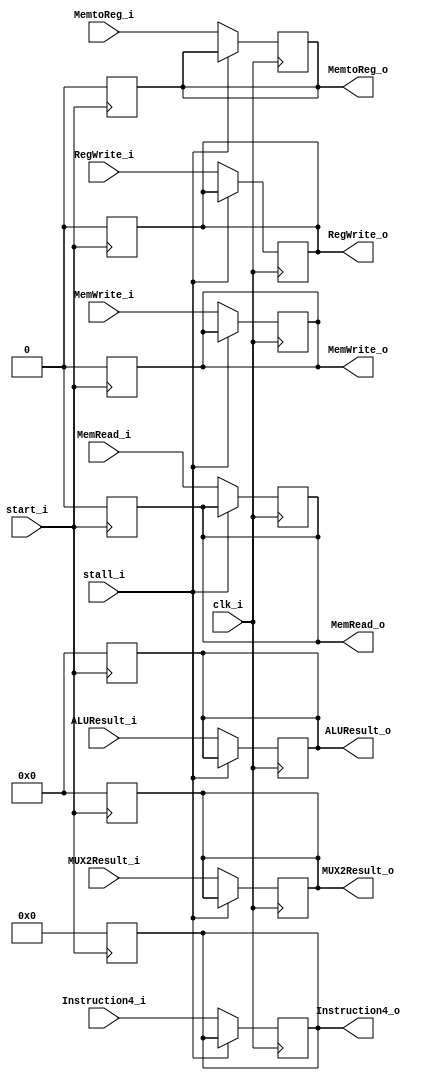
module EX_MEM
(
    start_i,
    clk_i,
    stall_i,
    RegWrite_i,
    MemtoReg_i,
    MemRead_i, 
    MemWrite_i,
    ALUResult_i,
    MUX2Result_i,
    Instruction4_i, // 11-7
    RegWrite_o,
    MemtoReg_o,
    MemRead_o, 
    MemWrite_o,
    ALUResult_o,
    MUX2Result_o,
    Instruction4_o, // 11-7
);

// Ports
input           start_i;
input           clk_i;
input           stall_i;
input           RegWrite_i;
input           MemtoReg_i;
input           MemRead_i; 
input           MemWrite_i;
input   [31:0]  ALUResult_i;
input   [31:0]  MUX2Result_i;
input   [4:0]   Instruction4_i;
output          RegWrite_o;
output          MemtoReg_o;
output          MemRead_o; 
output          MemWrite_o;
output  [31:0]  ALUResult_o;
output  [31:0]  MUX2Result_o;
output  [4:0]   Instruction4_o;

// Register Files
reg             RegWrite;
reg             MemtoReg;
reg             MemRead; 
reg             MemWrite;
reg   [31:0]    ALUResult;
reg   [31:0]    MUX2Result;
reg   [4:0]     Instruction4;

// Read Data
assign RegWrite_o = RegWrite;
assign MemtoReg_o = MemtoReg;
assign MemRead_o = MemRead;
assign MemWrite_o = MemWrite;
assign ALUResult_o = ALUResult;
assign MUX2Result_o = MUX2Result;
assign Instruction4_o = Instruction4;

// Write Data
always @(posedge clk_i) begin
    if (!stall_i) begin
        RegWrite <= RegWrite_i;
        MemtoReg <= MemtoReg_i;
        MemRead <= MemRead_i;
        MemWrite <= MemWrite_i;
        ALUResult <= ALUResult_i;
        MUX2Result <= MUX2Result_i;
        Instruction4 <= Instruction4_i;
    end
end

always @(negedge start_i) begin
    RegWrite <= 0;
    MemtoReg <= 0;
    MemRead <= 0;
    MemWrite <= 0;
    ALUResult <= 0;
    MUX2Result <= 0;
    Instruction4 <= 0;
end

endmodule